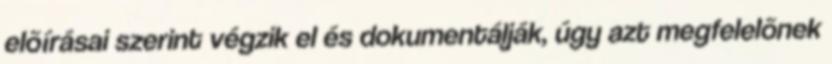
elõírásai szerint végzik el és dokumentálják, úgy azt megfelelõnek